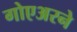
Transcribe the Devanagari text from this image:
गोएअरने